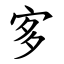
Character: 㝖